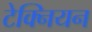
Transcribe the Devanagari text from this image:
टेक्नियन